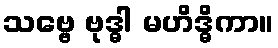
သဗ္ဗေ ဗုဒ္ဓါ မဟိဒ္ဓိကာ။